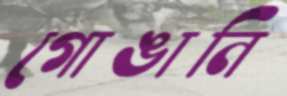
গোঙানি